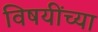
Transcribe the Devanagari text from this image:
विषयींच्या